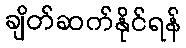
ချိတ်ဆက်နိုင်ရန်